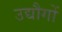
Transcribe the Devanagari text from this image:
उद्यौगों